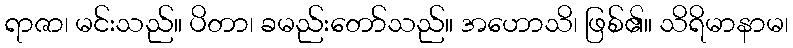
ရာဇာ၊ မင်းသည်။ ပိတာ၊ ခမည်းတော်သည်။ အဟောသိ၊ ဖြစ်၏။ သိရိမာနာမ၊